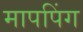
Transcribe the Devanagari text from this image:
मापपिंग